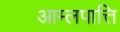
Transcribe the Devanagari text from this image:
आम्लपात्ति